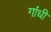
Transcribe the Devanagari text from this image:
गांंधी